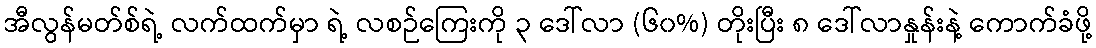
အီလွန်မတ်စ်ရဲ့ လက်ထက်မှာ ရဲ့ လစဉ်ကြေးကို ၃ ဒေါ်လာ (၆၀%) တိုးပြီး ၈ ဒေါ်လာနှုန်းနဲ့ ကောက်ခံဖို့